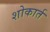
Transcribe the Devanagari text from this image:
शोकार्त